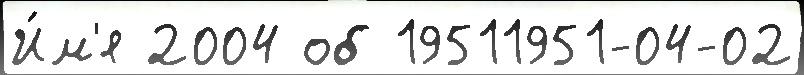
И́м'я 2004 об 19511951-04-02